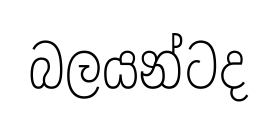
බලයන්ටද